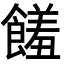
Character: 饈